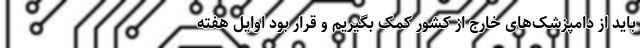
باید از دامپزشک‌های خارج از کشور کمک بگیریم و قرار بود اوایل هفته